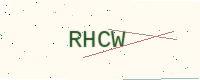
Text: RHCW